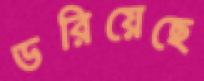
ডরিয়েছে